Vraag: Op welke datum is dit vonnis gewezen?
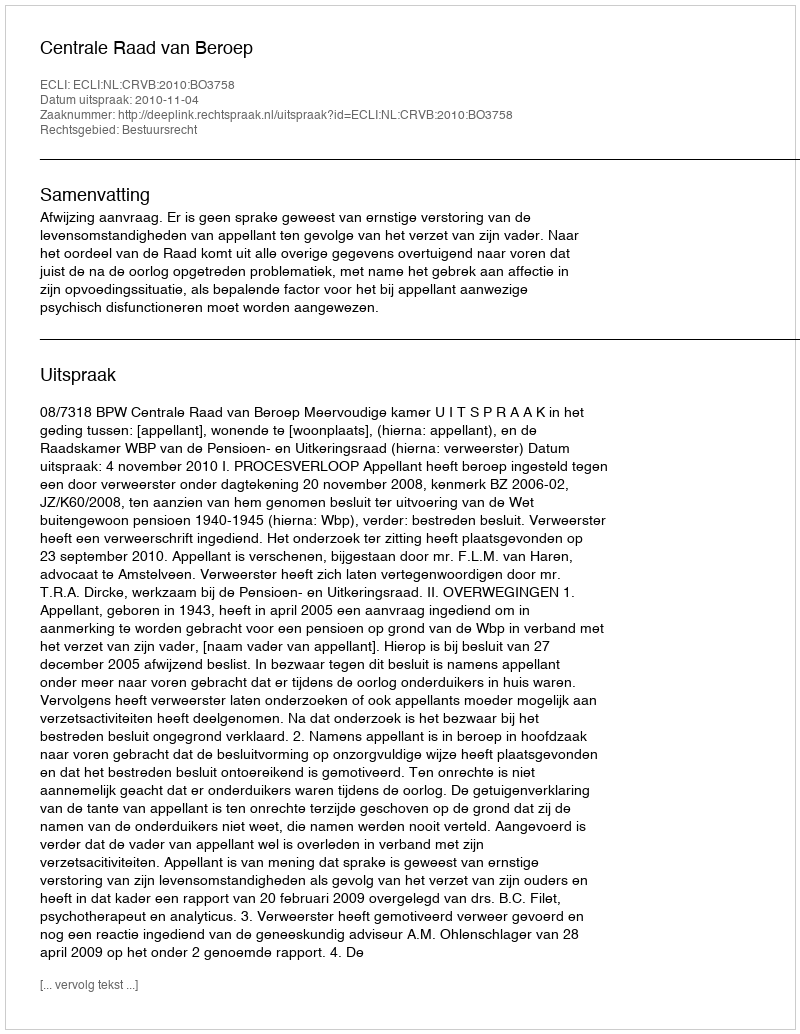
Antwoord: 2010-11-04